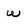
Character: w